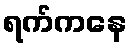
ရက်ကနေ